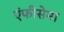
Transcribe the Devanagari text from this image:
एंफीसेमा